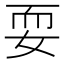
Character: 耍